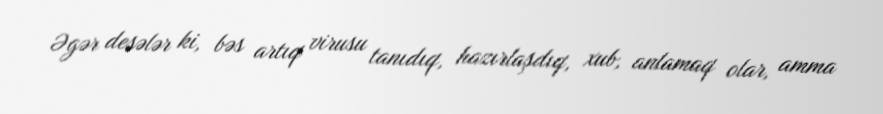
Əgər desələr ki, bəs artıq virusu tanıdıq, hazırlaşdıq, xub, anlamaq olar, amma